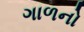
ગાળનો